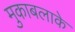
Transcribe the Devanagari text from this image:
मुकाबलाके